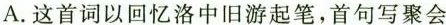
A.这首词以回忆洛中旧游起笔，首句写聚会